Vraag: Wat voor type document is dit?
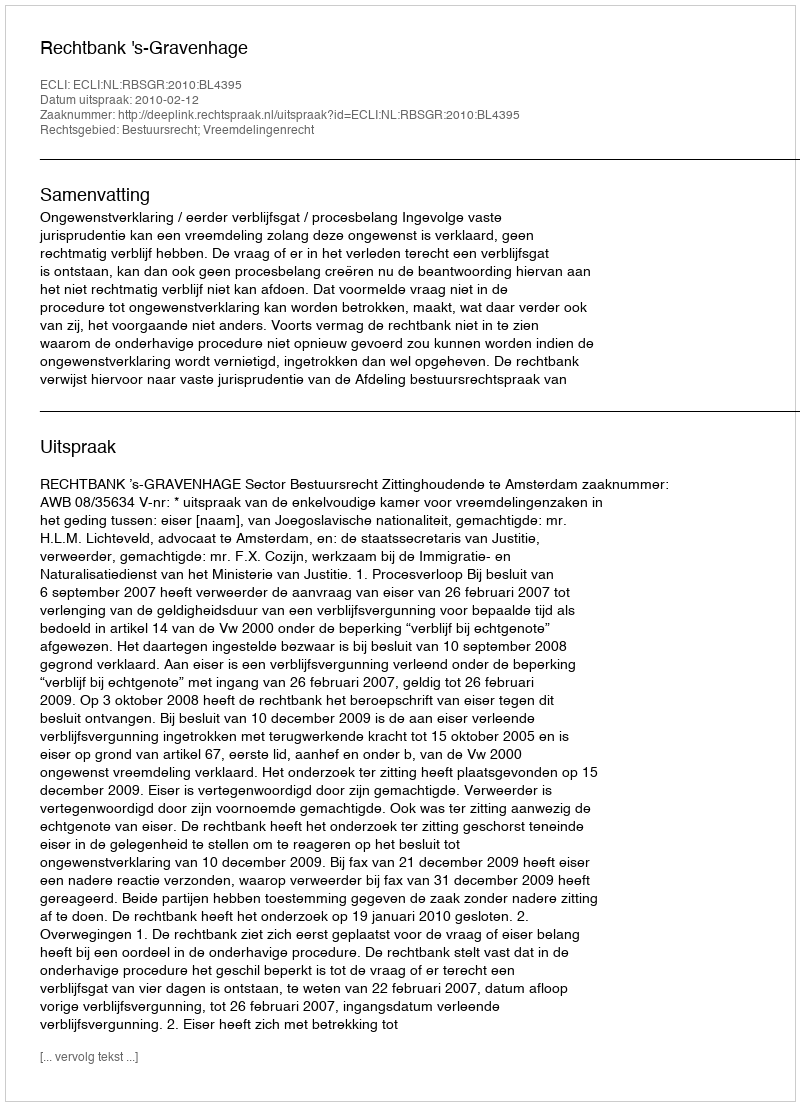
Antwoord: Uitspraak